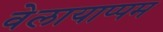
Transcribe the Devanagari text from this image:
वेलायाप्पम